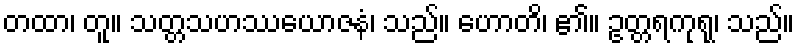
တထာ၊ တူ။ သတ္တသဟဿယောဇနံ၊ သည်။ ဟောတိ၊ ၏။ ဥတ္တရကုရု၊ သည်။